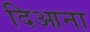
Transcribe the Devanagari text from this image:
दिआना